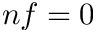
n f = 0